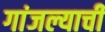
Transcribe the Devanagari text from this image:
गांजल्याची